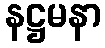
နဋ္ဌမနာ